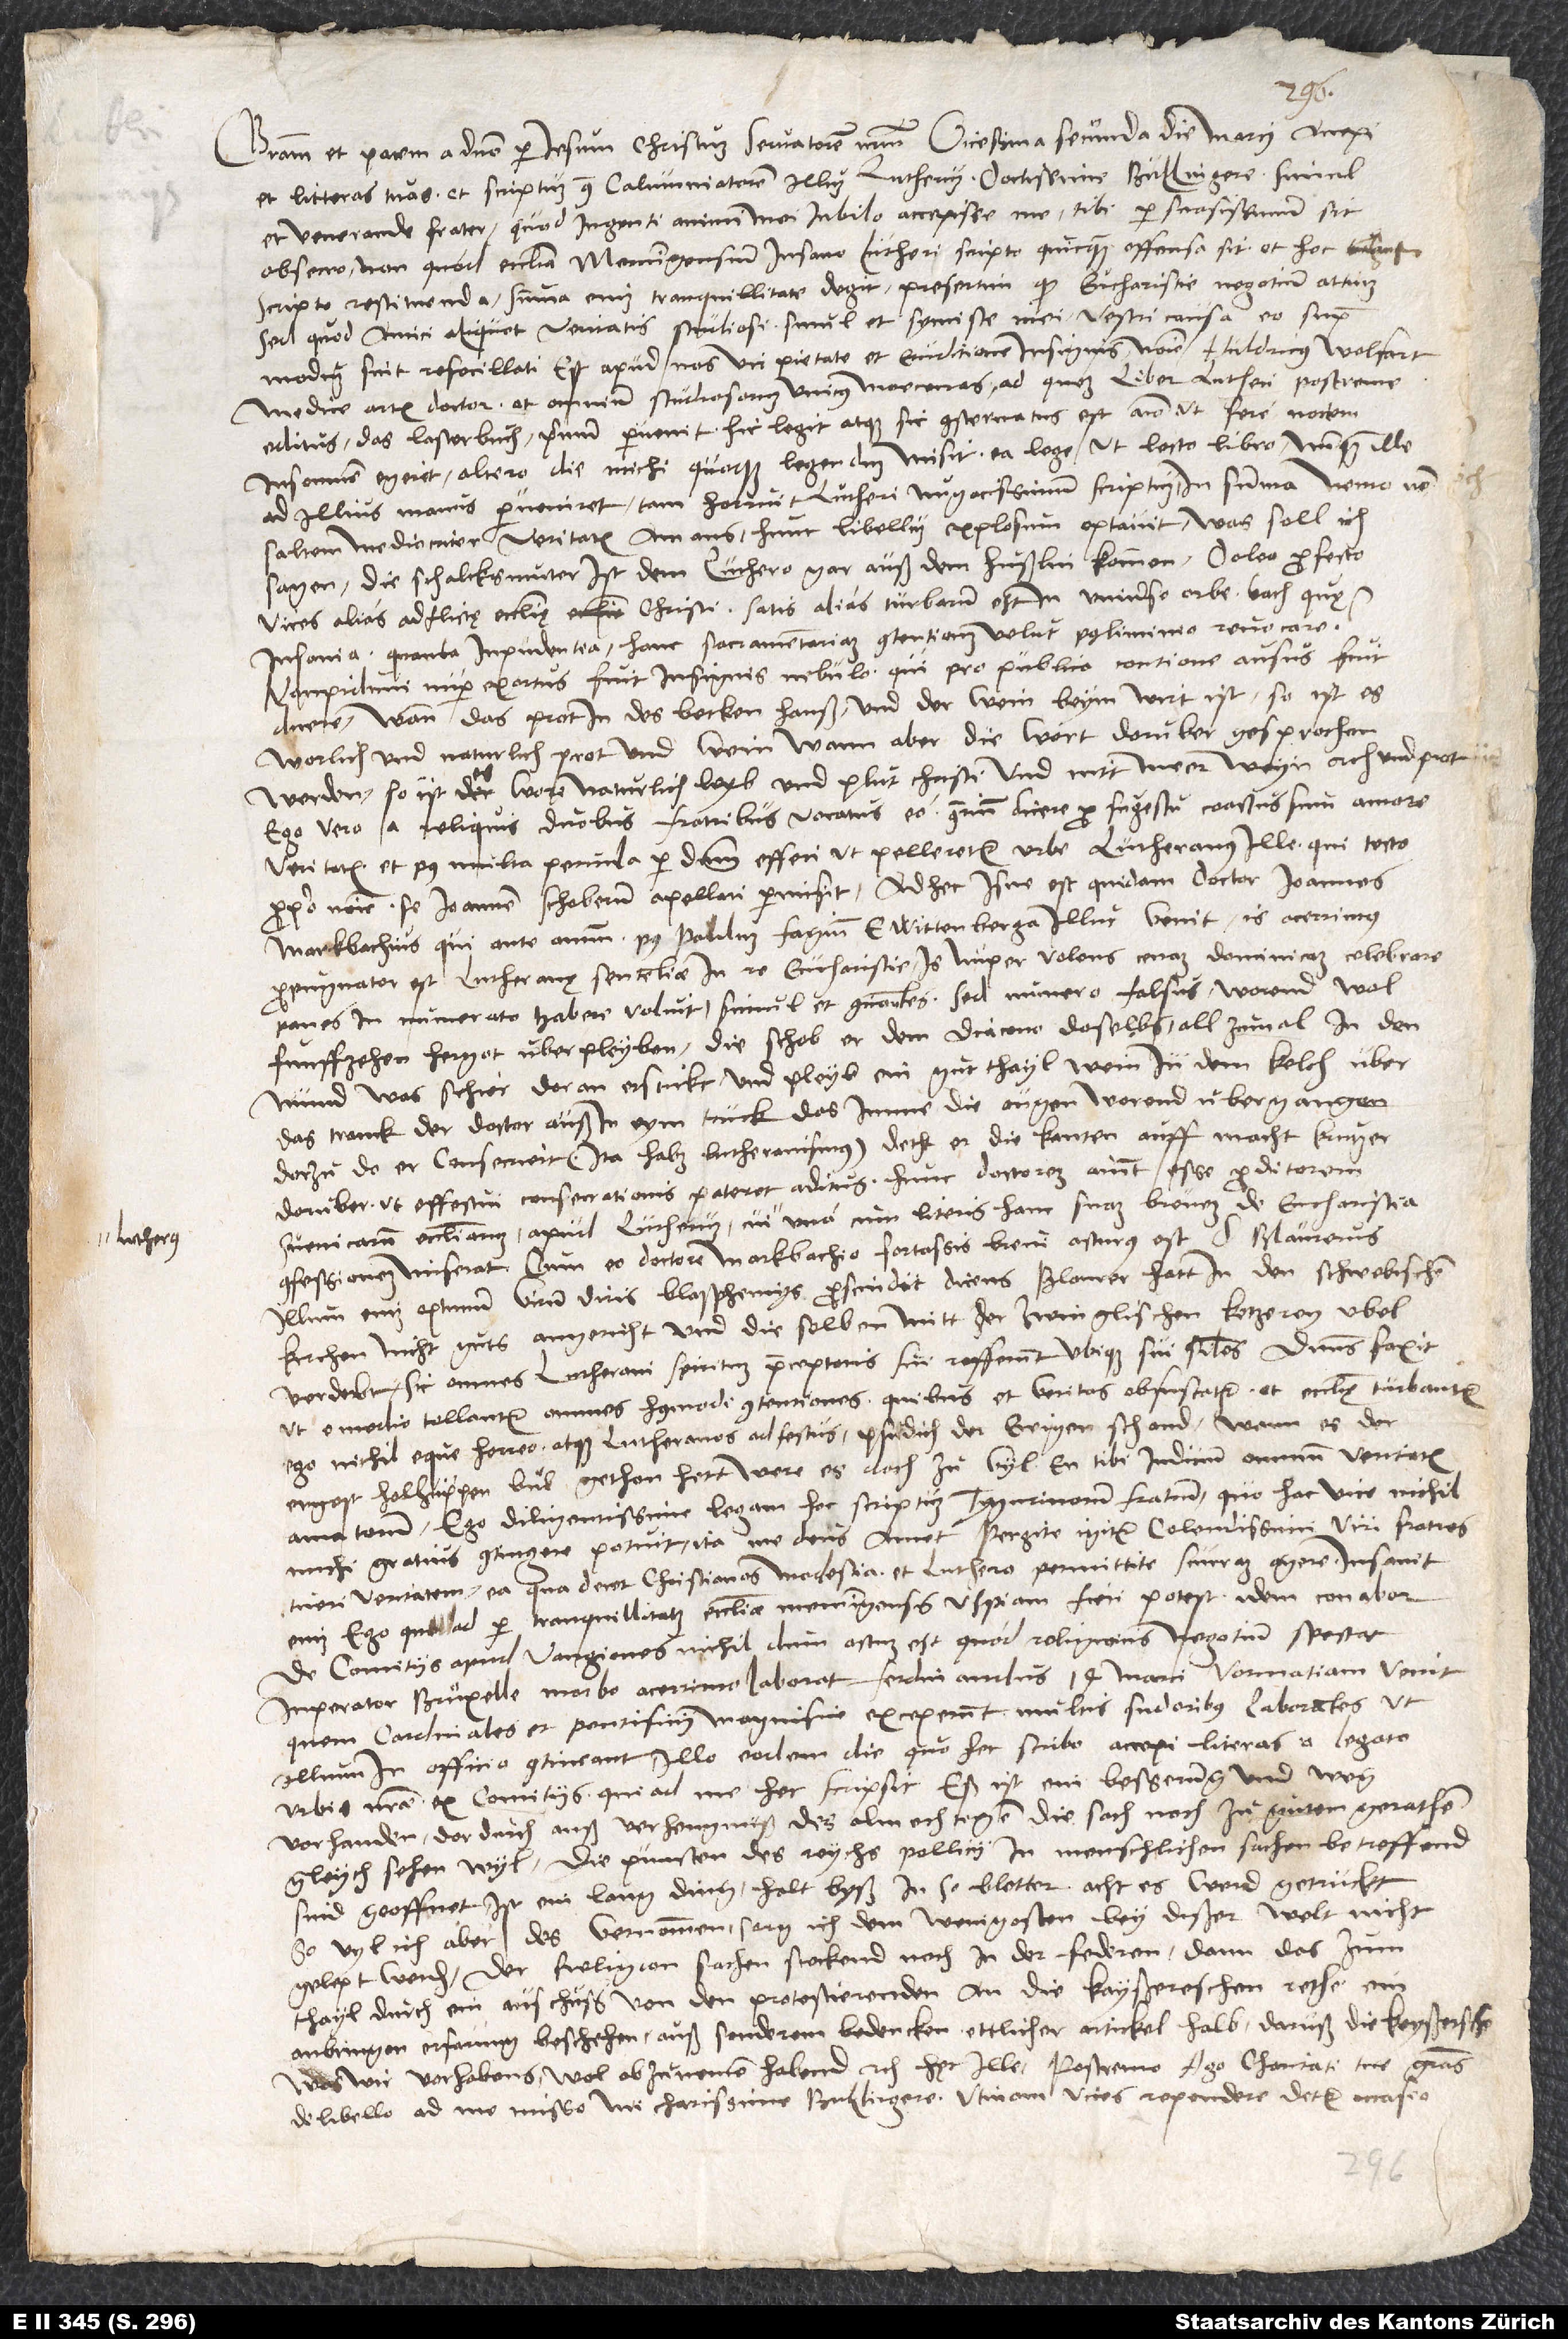
Gratiam et pacem a domino per Iesum Christum, servatorem nostrum. Vicesima secunda die marcii accepi
et litteras tuas et scriptum contra calumniatorem illum Lutherum, doctissime Bullingere simul
et venerande frater, quod ingenti animi mei iubilo accepisse me tibi persuasissimum sit,
obsecro, non quod ecclesia Memmingensium insano Lutheri scripto quicquam offensa sit et hoc
scripto restituenda - summa enim tranquillitate degit, presertim quod eucharistie negotium attinet
sed quod amici aliquot veritatis studiosi simul et symiste mei vestri causa eo supra
modum sint refocillati. Est apud nos vir pietate et eruditione insignis, nomine Huldricus Wolfart,
medice artis doctor et omnium studiosorum unicus moecenas, ad quem liber Lutheri postreme
editus, das lasterbuch, primum pervenit. Hic legit atque sic consternatus est animo, ut fere noctem
insomnem egerit. Altero die michi quoque legendum misit ea lege, ut lecto libro nunquam ille
ad illius manus perveniret; tam horruit Lutheri nugacissimum scriptum. In summa nemo non
saltem mediocriter veritatis amans hunc libellum explosum optavit. Was soll ich
sagen? Die schalcksmuter ist dem Luthero gar auß dem hußlin kommen. Doleo profecto
vices alias adflictę ecclesię Christi. Satis alias turbarum est in universo orbe! Vach, quę
insania, quanta impudentia, hanc sacramentariam contentionem velut postliminio revocare!
Kampiduni nuper exortus fuit insignis nebulo, qui pro publico contione ausus fuit
dicere: „Wann das prot in des becken hauß und der wein beym wirt ist, so ist es
worlich und naturlich prot und wein; wann aber die wort daruber gesprochen
werden, so ist es wores naturlich leyb und plut Christi und nitt meer weyn, etc., und prot.“
Ego vero, a reliquis duobus fratribus vocatus eo, contrarium dicere pro sugestu coactus sum amore
veritatis, et post multa pericula per dominum effeci, ut pelleretur urbe Lutheranus ille, qui tecto
proprio nomine se Ioannem Schoberum appellari permisit. Ad hec Isne est quidam doctor Ioannes
Markbachius, qui ante annum post Paulum Fagium e Wittenberga illuc venit. Is acerrimus
propugnator est Lutheranę sententiae in re eucharistie. Is nuper volens cenam dominicam celebrare
panes in numerato habere voluit, simul et communicantes; sed numero falsus. Worend wol
funffzehen hergot uberpleyben. Die schob er dem diacono doselbs allzumal in den
mund; was schier doran erstickt. Und pleyb ein gut thayl wein in dem kelch über;
das tranck der doctor auß in eym trunck, das imme die ougen worend ubergangen.
Dorzu, do er consecriert (ita habet Lutheranismus), decht er die kanten auff, macht krutzer
dorüber, ut effectui consecrationis pateret aditus. Hunc doctorem aiunt esse proditorem
Suevicarum ecclesiarum apud Lutherum, cui Lutherus una cum literis hanc suam brevem de eucharistia
confessionem miserat. Cum eo doctore Markbachio fortassis brevi acturus est d. Blaurerus.
Illum enim optimum virum diris blasphemiis proscindit dicens: „Blaurer hatt in den schwebischen
kirchen nicht guts angericht, und die selben mitt der zwinglischen ketzerey ubel
verderbt.“ Sic omnes Lutherani spiritum preceptoris sui refferunt, ubique sui similes. Dominus faxit,
ut e medio tollantur omnes huiusmodi contentiones, quibus et veritas obfuscatur et ecclesię turbantur.
Ego nichil eque horreo atque Lutheranos adfectus. Pfudich der ewigen schand! Wenn es der
ergest holhüppenbuͦb gethon hett, were es noch zu vyl. En tibi iudicium omnium veritatis
amatorum. Ego diligentissime legam hoc scriptum Tygurinorum fratrum, quo hac vice nichil
michi gratius contingere potuit, ita me deus amet. Pergite igitur, colendissimi viri fratres,
tueri veritatem ea, qua decet christianos, modestia et Luthero permittite scurram agere; insanit
enim. Ego, quod ad tranquillitatem ecclesiae Memmingensis uspiam fieri potest, idem conabor.
De comitiis apud Vangiones nichildum actum est, quod religionis negotium spectat.
Imperator Bruxelle morbo acerrimo laborat. Ferdinandus 14. marcii Vormatiam venit,
quem cardinales et pontificii magnifice exceperunt multis sudoribus laborantes, ut
vorhanden, dordurch auß verhengnuß des almechtigen die sach noch zu gutem gerathen
gleych sehen wyl. Die puncten des reychs pollicy in menschlichen sachen betreffend
sind geoffnet. Ist ein lang ding, halt byß in 50 bletter. Acht, es werd getruckt.
So vyl ich aber des vernommen, sorg ich dem wenigosten, bey dißer welt nicht
gelept werden. Der religion sachen stockend noch in der federen, dann das zum
thayl durch ein ausschuß von den protestierenden an die kayßereschen rethe ein
anbringen erfarung beschehen, auß sonderem bedencken ettlicher artickel halb, daruß die kayßereschen,
wes wir vorhabens, wol abzunemen habend“, etc. Hęc ille. Postremo ago charitati tue gratias
de libello ad me misso, mi charissime Bullingere. Utinam vices rependere detur occasio!
1545.